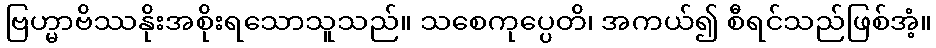
ဗြဟ္မာဗိဿနိုးအစိုးရသောသူသည်။ သစေကုပ္ပေတိ၊ အကယ်၍ စီရင်သည်ဖြစ်အံ့။